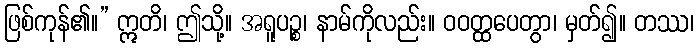
ဖြစ်ကုန်၏။” ဣတိ၊ ဤသို့။ အရူပဉ္စ၊ နာမ်ကိုလည်း။ ဝဝတ္ထပေတွာ၊ မှတ်၍။ တဿ၊